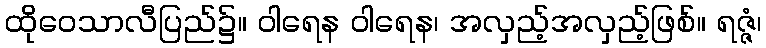
ထိုဝေသာလီပြည်၌။ ဝါရေန ဝါရေန၊ အလှည့်အလှည့်ဖြစ်။ ရဇ္ဇံ၊